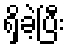
ရှိခဲ့ပြီး